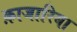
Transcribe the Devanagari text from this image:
क़ाजारिया